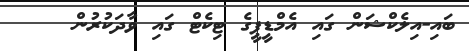
ބައި-އިލެކްޝަން ގައި އެމްޑީޕީގެ ޓިކެޓް ގައި ވާދަކުރުން